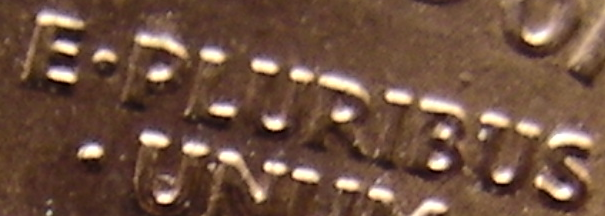
E-PLURIBUS